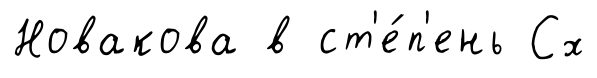
Новакова в ст'е́п'ень Сх